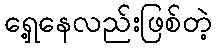
ရှေ့နေလည်းဖြစ်တဲ့